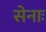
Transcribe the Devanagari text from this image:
सेनाः